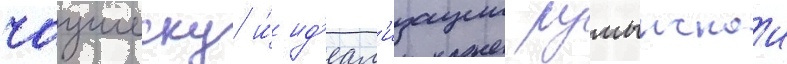
чаушеску и́ ид'еал'изации румынскои